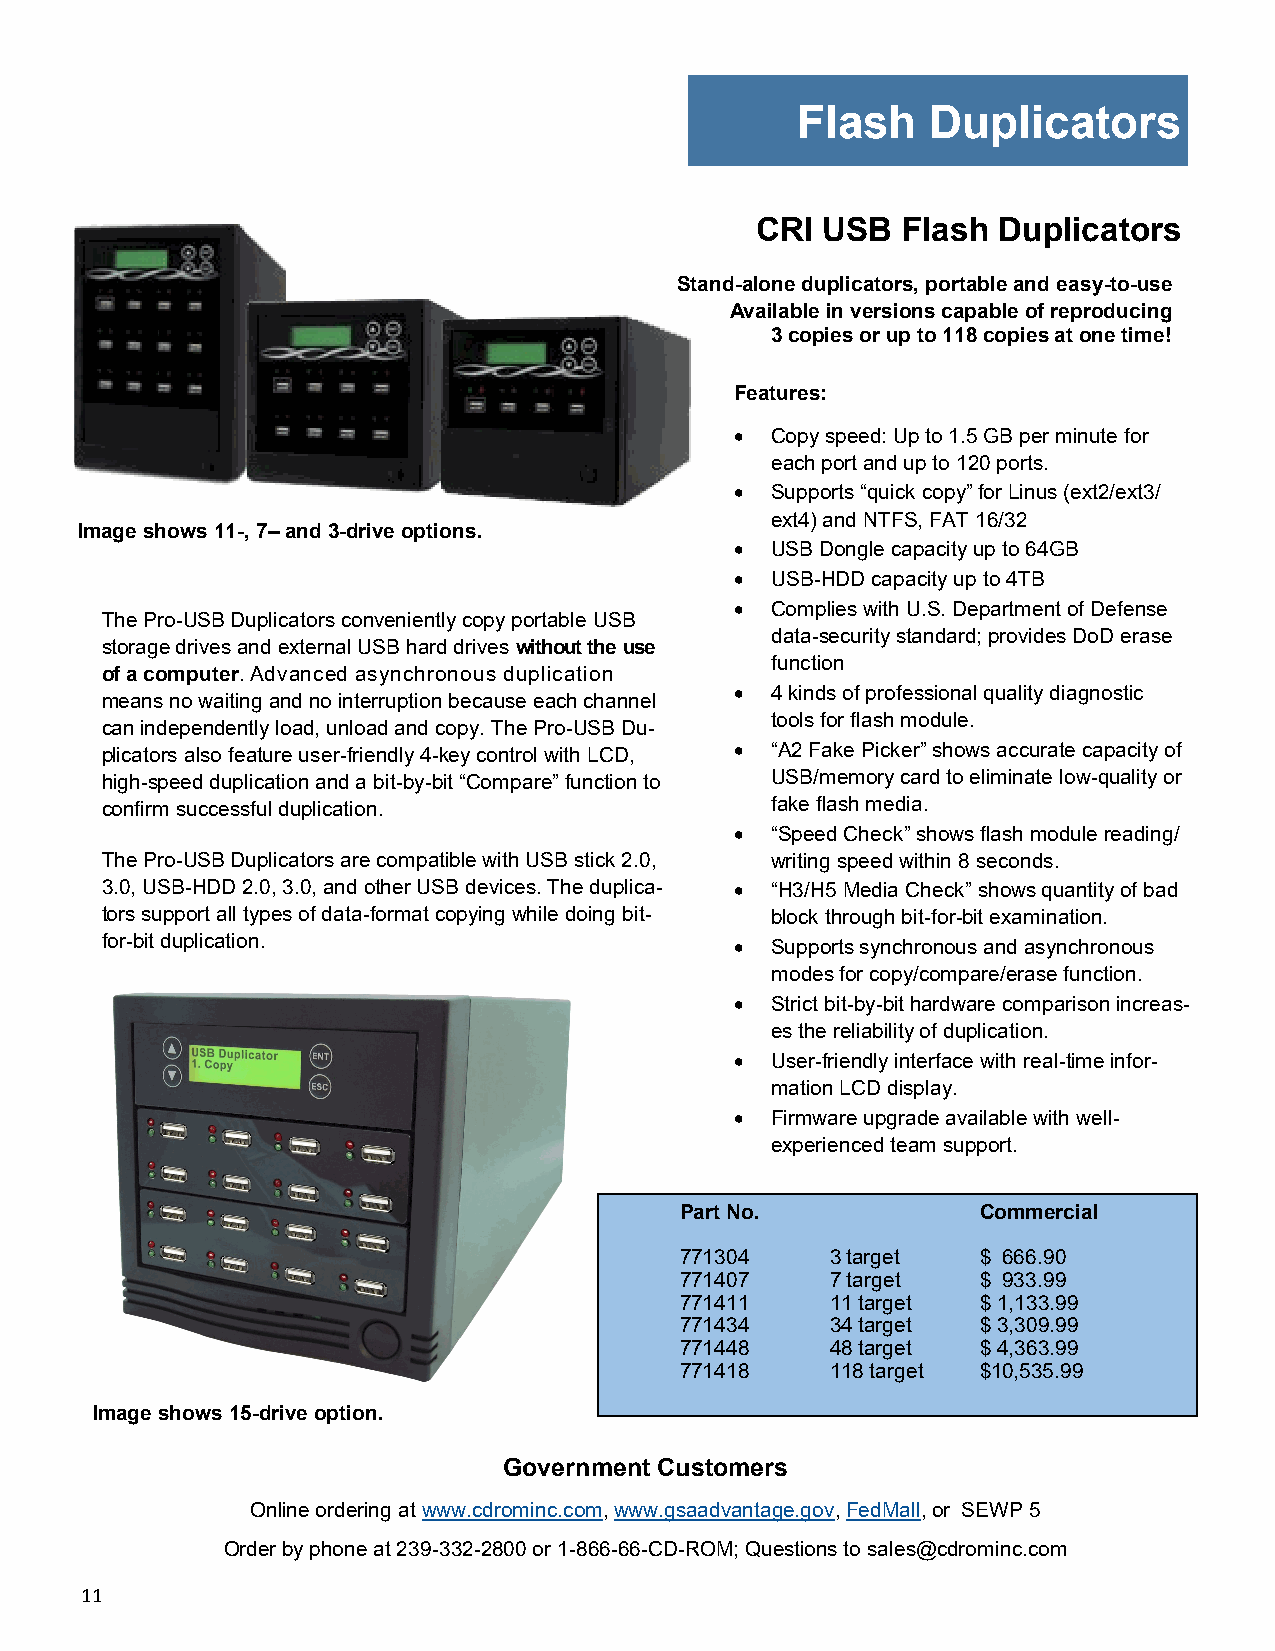
Flash    Duplicators
 CRI USB   Flash Duplicators
 Stand-alone duplicators, portable and easy-to-use
 Available in versions capable of reproducing
 3 copies or up to 118 copies at one time!
 Features:
  Copy speed: Up to 1.5 GB per minute for
 each port and up to 120 ports.
  Supports “quick copy” for Linus (ext2/ext3/
 ext4) and NTFS, FAT 16/32
 Image shows 11-, 7– and 3-drive options.
  USB Dongle capacity up to 64GB
  USB-HDD capacity up to 4TB
  Complies with U.S. Department of Defense
 The Pro-USB Duplicators conveniently copy portable USB
 data-security standard; provides DoD erase
 storage drives and external USB hard drives without the use
 function
 of a computer. Advanced asynchronous duplication
  4 kinds of professional quality diagnostic
 means no waiting and no interruption because each channel
 tools for flash module.
 can independently load, unload and copy. The Pro-USB Du-
 plicators also feature user-friendly 4-key control with LCD,  “A2 Fake Picker” shows accurate capacity of
 high-speed duplication and a bit-by-bit “Compare” function to USB/memory card to eliminate low-quality or
 confirm successful duplication.             fake flash media.
  “Speed Check” shows flash module reading/
 The Pro-USB Duplicators are compatible with USB stick 2.0, writing speed within 8 seconds.
 3.0, USB-HDD 2.0, 3.0, and other USB devices. The duplica-  “H3/H5 Media Check” shows quantity of bad
 tors support all types of data-format copying while doing bit- block through bit-for-bit examination.
 for-bit duplication.                       Supports synchronous and asynchronous
 modes for copy/compare/erase function.
  Strict bit-by-bit hardware comparison increas-
 es the reliability of duplication.
  User-friendly interface with real-time infor-
 mation LCD display.
  Firmware upgrade available with well-
 experienced team support.
 Part No.            Commercial
 771304    3 target  $ 666.90
 771407    7 target  $ 933.99
 771411    11 target $ 1,133.99
 771434    34 target $ 3,309.99
 771448    48 target $ 4,363.99
 771418    118 target $10,535.99
 Image shows 15-drive option.
 Government Customers
 Online ordering at www.cdrominc.com, www.gsaadvantage.gov, FedMall, or SEWP 5
 Order by phone at 239-332-2800 or 1-866-66-CD-ROM; Questions to sales@cdrominc.com
 11